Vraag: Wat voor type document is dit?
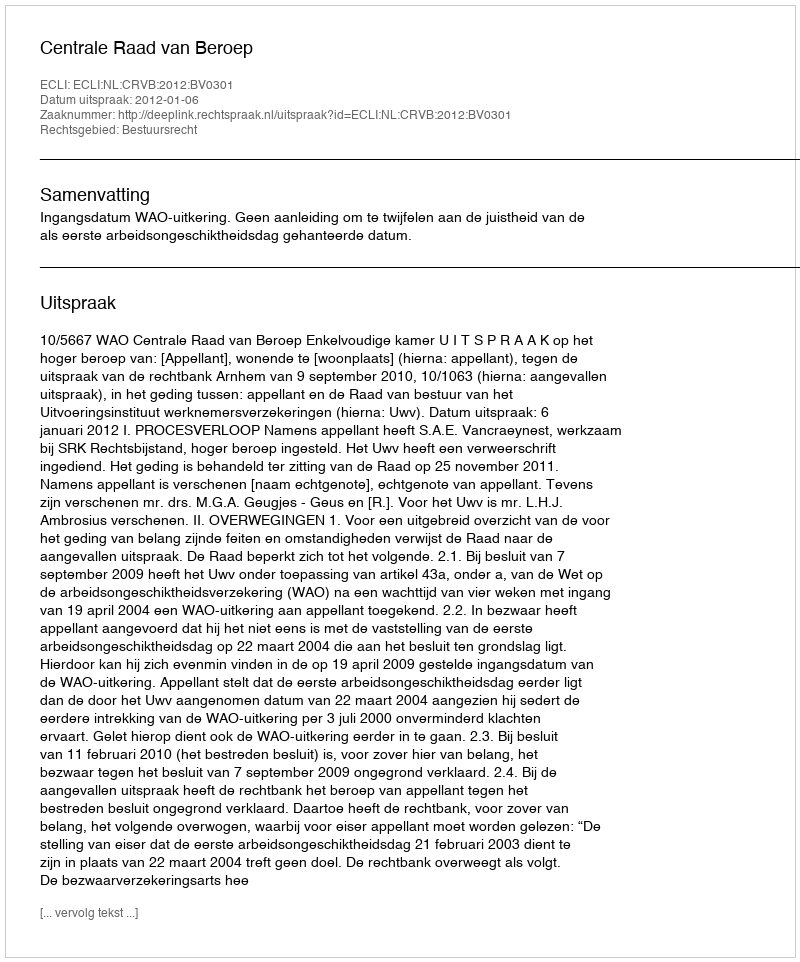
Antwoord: Uitspraak